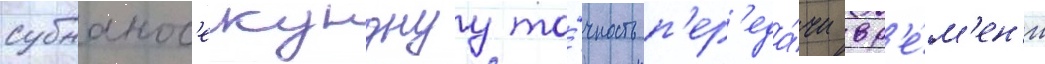
субнанос'екунднуу то́чность п'ер'еда́чи вр'е́м'ен'и